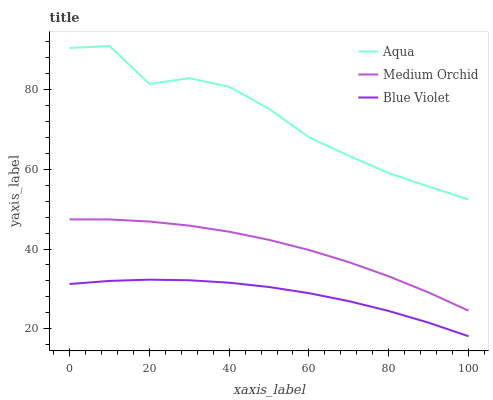
| xaxis_label | Aqua | Medium Orchid | Blue Violet |
 | --- | --- | --- | --- |
 | 0 | 90.5 | 47.4 | 31.2 |
 | 10 | 91 | 47.4 | 32 |
 | 20 | 81.5 | 46.9 | 32.3 |
 | 30 | 82.9 | 45.9 | 32.2 |
 | 40 | 80.8 | 44.3 | 31.5 |
 | 50 | 75.2 | 42.3 | 30.5 |
 | 60 | 68.1 | 39.8 | 28.9 |
 | 70 | 63.4 | 36.7 | 26.9 |
 | 80 | 59.1 | 33.1 | 24.4 |
 | 90 | 55.7 | 29.1 | 21.5 |
 | 100 | 52.4 | 24.5 | 18.1 |